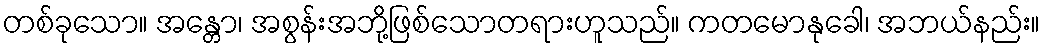
တစ်ခုသော။ အန္တော၊ အစွန်းအဘို့ဖြစ်သောတရားဟူသည်။ ကတမောနုခေါ၊ အဘယ်နည်း။